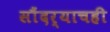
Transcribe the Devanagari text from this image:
सौंदर्याचही